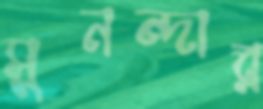
সুনন্দার